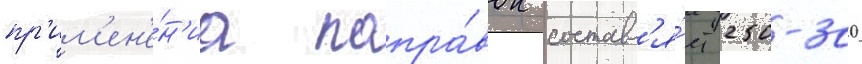
пр'им'ен'е́н'иа попра́вок составл'я́ет 250-300